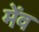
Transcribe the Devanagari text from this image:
मेंव